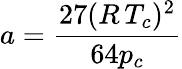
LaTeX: a={\frac{27(R\, T_{c})^{2}}{64p_{c}}}